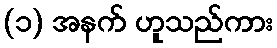
(၁) အနက် ဟူသည်ကား